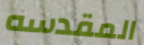
المقدسه